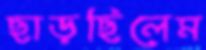
ছাড়ছিলেম